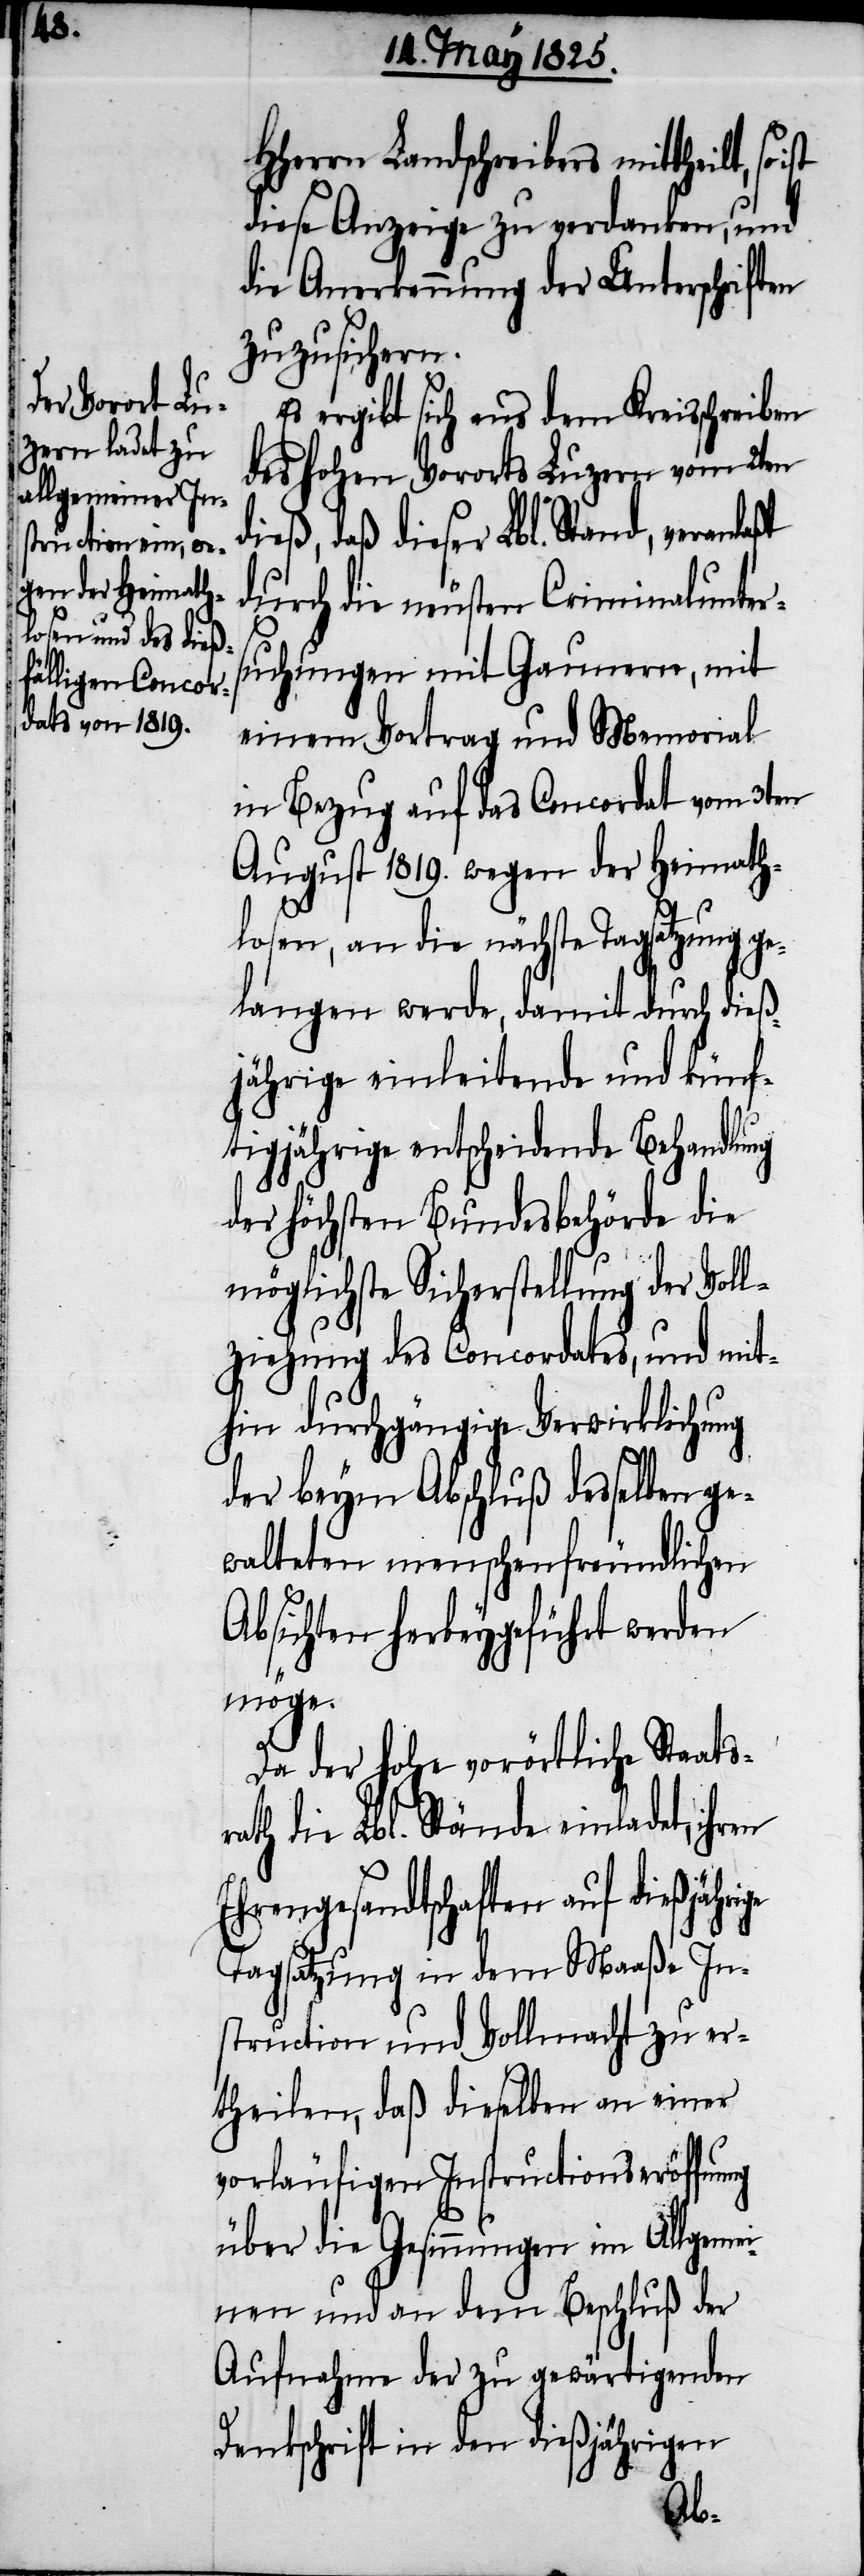
HHerrn Landschreibers mittheilt,
diese Anzeige zu verdanken, und
die Anerkennung der Unterschriften
zuzusichern.
Es ergibt sich aus dem Kreisschreiben
des hohen Vororts Luzern vom 2ten
daß dieser Lbl. Stand, veranlaßt
durch die neusten Criminalunter¬
suchungen mit Gaunern, mit
einem Vortrag und Memorial
in Bezug auf das Concordat vom 3ten
August 1829. wegen der Heimath¬
losen, an die nächste Tagsatzung ge¬
langen werde, damit durch dieß¬
jährige einleitende und künf¬
tigjährige entscheidende Behandlung
der höchsten Bundesbehörde die
möglichste Sicherstellung der Vol¬
lziehung des Concordates, und mit¬
hin durchgängige Verwirklichung
ge
der beym Abschluß desselben ge¬
walteten menschenfreundlichen
Absichten herbeygeführt werden
möge.
Da der hohe vorörtliche Staats¬
ath die Lbl. Stände einladet, ihr¬
Ehrengesandtschaften auf dießjähri¬
Tagsatzung in dem Maaße In¬
struction und Vollmacht zu er¬
theilen, daß dieselben an einer
vorläufigen Instructionseröffnung
über die Gesinnungen im Allgemei¬
nen und an dem Beschluß der
Aufnahme der zu gewärtigenden
Denkschrift in den dießjährigen